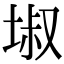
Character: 埱